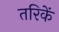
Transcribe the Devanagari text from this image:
तरिकें